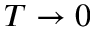
T \rightarrow 0